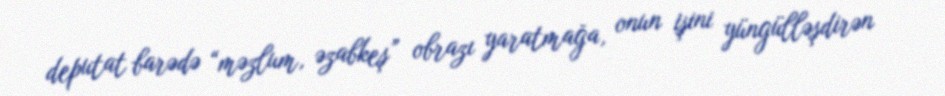
deputat barədə “məzlum, əzabkeş” obrazı yaratmağa, onun işini yüngülləşdirən